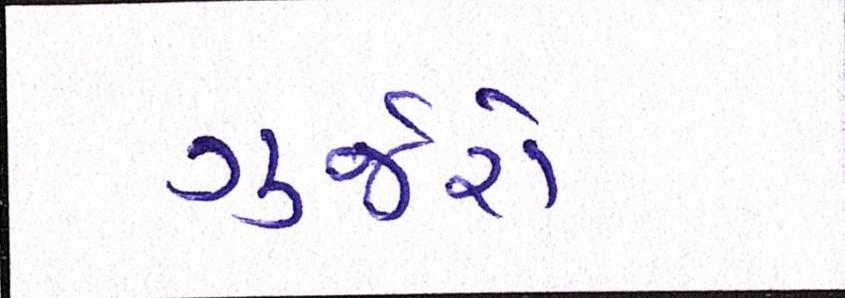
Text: ગુર્જરો